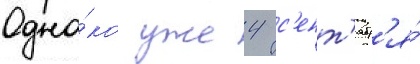
Одна́ко уже 4 с'ент'ябр'я́